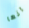
انها